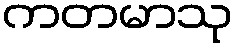
ကတမာသု